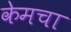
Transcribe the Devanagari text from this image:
केमचा